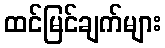
ထင်မြင်ချက်များ